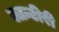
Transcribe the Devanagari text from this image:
लान्टीरी